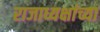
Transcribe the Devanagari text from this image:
राजाध्यक्षांच्या